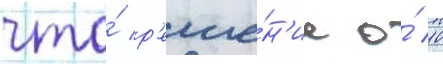
что́ р'еше́н'ие о́ 10